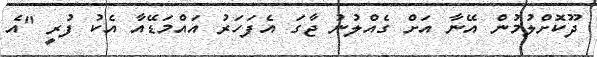
ދޫކޮށްލުމުން އޭނާ އަށް ގެއްލުނު ޖާގަ އެފަހަރު އައްމަޑޭއާ އެކު ފުރީ "އެ